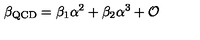
\beta _ { \mathrm { Q C D } } = \beta _ { 1 } \alpha ^ { 2 } + \beta _ { 2 } \alpha ^ { 3 } + \mathcal { O }